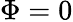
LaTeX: \Phi=0